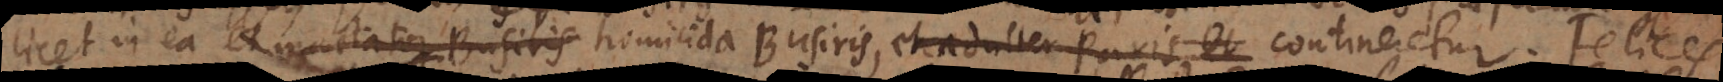
licet in ea et mactator Busiris homicida Busiris, et adulter Paris, et contineretur. Felices